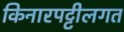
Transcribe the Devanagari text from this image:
किनारपट्टीलगत